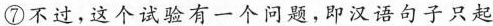
⑦ 不过一这个试验有一人问题，即汉语句子只起